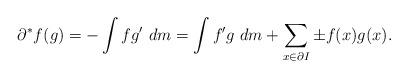
LaTeX: \begin{align*}\partial^* f (g) = -\int f g' \ dm = \int f'g \ dm + \sum_{x\in\partial I} \pm f(x)g(x) . \end{align*}